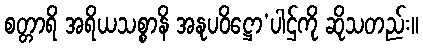
စတ္တာရိ အရိယသစ္စာနိ အနုပဝိဋ္ဌော’ပါဌ်ကို ဆိုသတည်း။